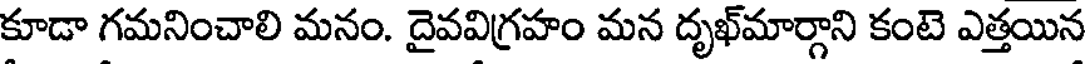
కూడా గమనించాలి మనం. దైవవిగ్రహం మన దృఖ్మార్గాని కంటె ఎత్తయిన